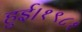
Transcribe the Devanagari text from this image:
हुई।१९८१